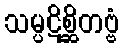
သမ္ပဋိစ္ဆိတဗ္ဗံ